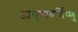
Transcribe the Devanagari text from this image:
आयुष्यवर्धिष्णु